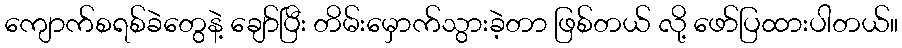
ကျောက်စရစ်ခဲတွေနဲ့ ချော်ပြီး တိမ်းမှောက်သွားခဲ့တာ ဖြစ်တယ် လို့ ဖော်ပြထားပါတယ်။